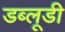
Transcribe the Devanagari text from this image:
डब्लूडी